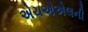
એચએએલની